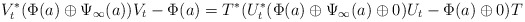
\begin{align*} V_t^\ast (\Phi(a) \oplus \Psi_\infty(a)) V_t - \Phi(a) = T^\ast(U_t^\ast ( \Phi(a) \oplus \Psi_\infty(a) \oplus 0) U_t - \Phi(a) \oplus 0) T\end{align*}